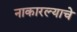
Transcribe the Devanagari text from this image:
नाकारल्याचे